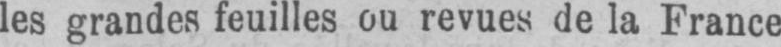
les grandes feuilles ou revues de la France